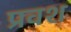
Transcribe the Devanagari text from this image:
प्रवश